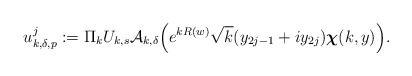
LaTeX: \begin{align*}&u^j_{k,\delta,p}:=\Pi_kU_{k,s}\mathcal{A}_{k,\delta}\Bigl(e^{kR(w)}\sqrt{k}(y_{2j-1}+iy_{2j})\boldsymbol{\chi}(k,y)\Bigr).\end{align*}